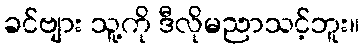
ခင်ဗျား သူ့ကို ဒီလိုမညာသင့်ဘူး။